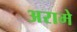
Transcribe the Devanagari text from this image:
अरामे